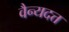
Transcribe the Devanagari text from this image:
वैन्यदत्त